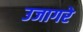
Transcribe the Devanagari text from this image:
उजागरे